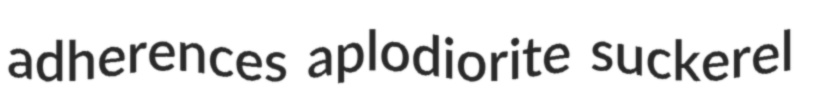
adherences aplodiorite suckerel